Report of the King Institute of Preventive Medicine, Guindy
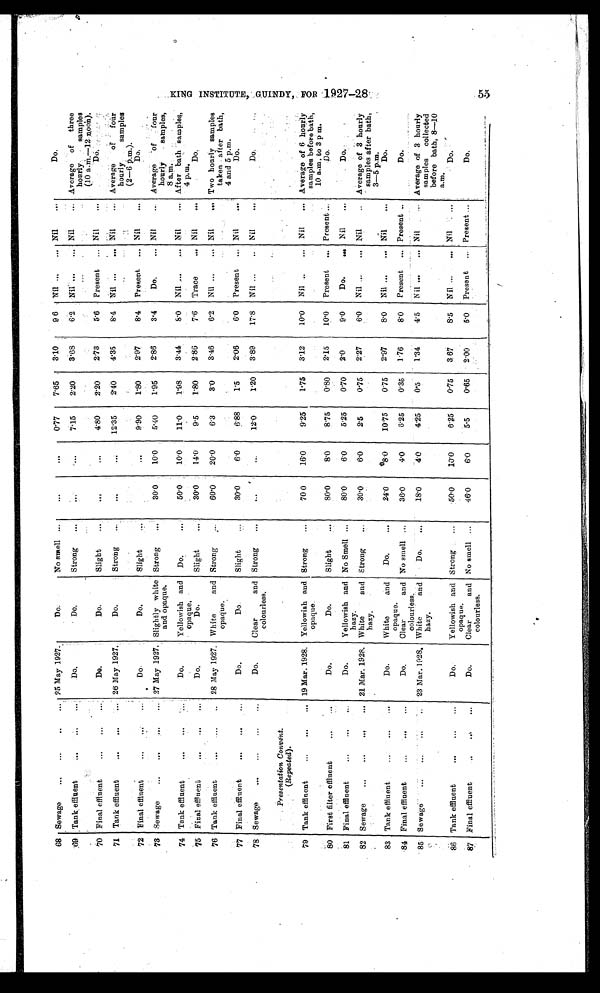
68 Sewage
...
...
..
... 25 May 1927.
D o .
No smell ...
. . . . . .
0. 77
7.65
3 . 1 0
9.6
Nil . . .
Nil
...
Do.
69 Tank effluent
...
...
Do.
D o .
Strong
...
7. 15
2 . 2 0
3 . 6 8
6.2
N i l . . .
Nil
... Average of
three
hourly
samples
(10 a.m.—12 noon).
70 Final effluent
...
...
...
Do.
D o .
Slight
. . .
4.80
2.20
2.73
5.6
Present
. . . Nil
...
D o .
71 Tank effluent
...
...
. . . 26 May 1927.
D o .
Strong
...
. . . . . .
12.35
2.40
4.35
8.4
Nil ...
. . . Nil
... Average
of
four
hourly
samples
(2—6 p.m.).
72 Final effluent
...
...
Do.
D o .
Slight
. . .
9.90
1.80
2.97
8.4
Present
. . . Nil
...
Do.
73 Sewage
...
...
... 27 May 1927. Slightly white
and opaque
.
Strong
...
30.0
10.0
5.40
1.95
2.86
3.4
Do. . . . Nil
... Average
of
four
hourly
samples,
8 a.m.
74 Tank effluent
...
...
Do.
Yellowish and
opaque.
Do. . . .
50.0
10.0
11.0
1.98
3.44
8.0
Nil . . .
Nil
... After bath samples,
4 p.m.
75 Final effluent
...
...
...
Do.
D o .
Slight
...
30.0
14.0
9.5
1.80
2.86
7.6
Trace
. . . Nil
...
D o .
76 Tank effluent
...
...
... 28 May 1927. White
and
opaque.
Stron
...
60.0
20.0
6.3
3.0
3.46
6.2
Nil ...
. . . Nil
... Two hourly samples
taken after bath,
4 and 5 p.m.
77 Final effluent
...
...
Do.
D o .
Slight
...
3
0.0
6.0
6.88
1.5
2.06
6.0
Present
. . . Nil
...
D o .
78 Sewage
...
...
...
Do.
Clear
and
colourless.
Strong
...
. . .
. . . 12.0
1.20
3.89
17.8
Nil ...
. . Nil
. . .
Do.
Presentation Convent.
( R e p e a t e d ) .
79 Tank effluent
...
...
... 19 Mar. 1928. Yellowish and
opaque.
Strong
...
70.0
16.0
9.25
1.75
3.12
10.0
Nil ..
. . . Nil
. . . Average of 6 hourly
samples before bath,
10 a.m. to 3 p.m.
80 First filter effluent
...
...
Do.
D o .
Slight
...
80.0
8.0
8.75
0.80
2.15
10.0
Present
. . . Present ...
D o .
81 Final effluent
...
...
Do.
Yellowish and
hazy.
No Smell ...
80.0
6.0
5.25
0.70
2.0
9.0
Do.
. . . Nil
. . .
Do.
82 Sewage
...
...
...
... 21 Mar.1 9 2 8 . White
and
hazy.
Strong
...
30.0
6.0
2.5
0.75
2.27
6.0
Nil ...
. . . Nil
...
Average of 3 hourly
samples after bath,
3 — 5 p . m .
83 Tank effluent
...
....
Do.
White
and
opaque.
Do. . . .
24.0
8.0
10.75
0.75
2.97
8.0
Nil ...
. . . Nil
...
D o .
84 Final effluent
...
...
...
Do.
Clear
and
colourless.
No smell ...
36.0
4.0
6.25
0.35
1.76
8.0
Present
. . . Present ...
Do.
85 Sewage
...
...
...
23 Mar. 1928. White
and
hazy.
Do. . . .
18.0
4.0
4.25
0.5
1.34
4.5
Nil ...
. . . Nil
... Average of 3 hourly
samples collected
before bath, 8—10
a.m.
86 Tank effluent
...
...
...
Do.
Yellowish and
opaque.
Strong
...
50.0
10.0
6.25
0.75
3.67
8.5
Nil ...
. . . Nil
D o .
87
Final effluent
Do.
Clear
and
colourless.
No smell ...
46.0
6.0
5.5
0.65
2.00
5.0
Present
. . . Present
D o .
INSTITUTE, GUINDY,
FOR
1927-
28
53